Civil Veterinary Dept. North-West Frontier Province 1901-22 - 1901-1922
Year: 1901
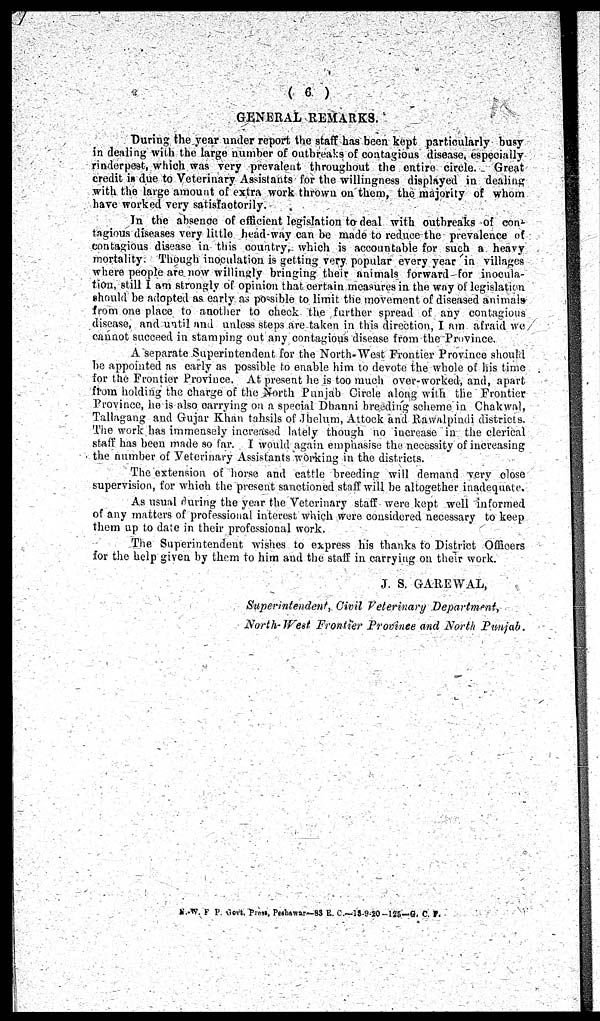
(6)
GENERAL REMARKS.
During the year under report the staff has been kept particularly busy
in dealing with the large number of outbreaks of contagious disease, especially
rinderpest, which was very prevalent throughout the entire circle. Great
credit is due to Veterinary Assistants for the willingness displayed in dealing
with the large amount of extra work thrown on them, the majority of whom
have worked very satisfactorily.
In the absence of efficient legislation to deal with outbreaks of con-
tagious diseases very little head-way can be made to reduce the prevalence of
contagious disease in this country, which is accountable for such a heavy
mortality. Though inoculation is getting very popular every year in villages
where people are now willingly bringing their animals forward for inocula-
tion, still I am strongly of opinion that certain measures in the way of legislation
should be adopted as early as possible to limit the movement of diseased animals
from one place to another to check the further spread of any contagious
disease, and until and unless steps are taken in this direction, I am afraid we
cannot succeed in stamping out any contagious disease from the Province.
A separate Superintendent for the North-West Frontier Province should
be appointed as early as possible to enable him to devote the whole of his time
for the Frontier Province. At present he is too much over-worked, and, apart
from holding the charge of the North Punjab Circle along with the Frontier
Province, he is also carrying on a special Dhanni breeding scheme in Chakwal,
Tallagang and Gujar Khan tahsils of Jhelum, Attock and Rawalpindi districts.
The work has immensely increased lately though no increase in the clerical
staff has been made so far. I would again emphasise the necessity of increasing
the number of Veterinary Assistants working in the districts.
The extension of horse and cattle breeding will demand very close
supervision, for which the present sanctioned staff will be altogether inadequate.
As usual during the year the Veterinary staff were kept well informed
of any matters of professional interest which were considered necessary to keep
them up to date in their professional work.
The Superintendent wishes to express his thanks to District Officers
for the help given by them to him and the staff in carrying on their work.
J. S. GAREWAL,
Superintendent, Civil Veterinary Department,
North-West Frontier Province and North Punjab.
N. W. F P. Govt. Press, Peshawar—83 R. C.—13-9-20-125—G. C. F.